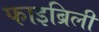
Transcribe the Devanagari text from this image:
फाइब्रिली